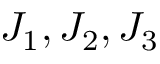
J _ { 1 } , J _ { 2 } , J _ { 3 }